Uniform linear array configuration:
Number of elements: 4
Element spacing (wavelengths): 0.75
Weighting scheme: uniform
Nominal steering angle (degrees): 60
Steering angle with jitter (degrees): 60.84
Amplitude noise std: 0.05
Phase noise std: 0.05

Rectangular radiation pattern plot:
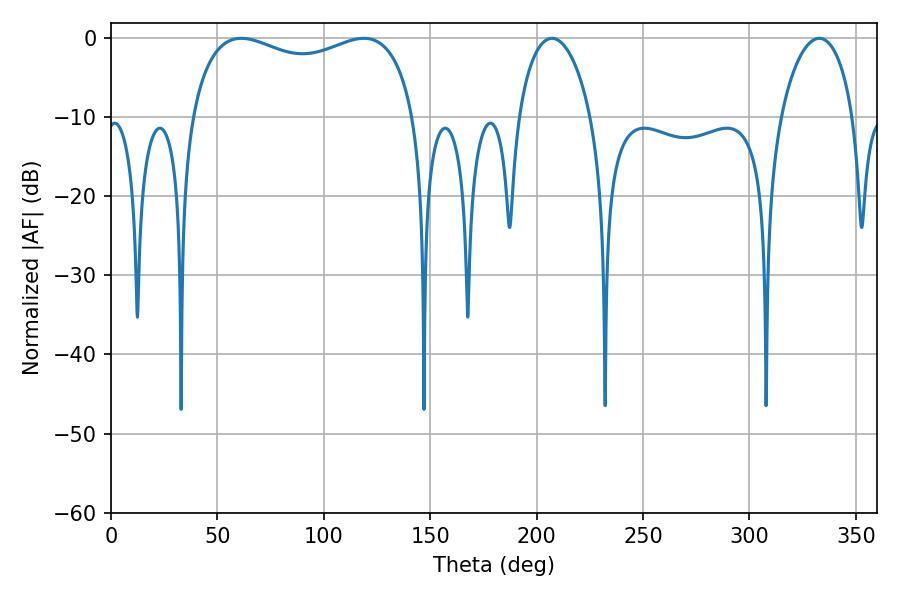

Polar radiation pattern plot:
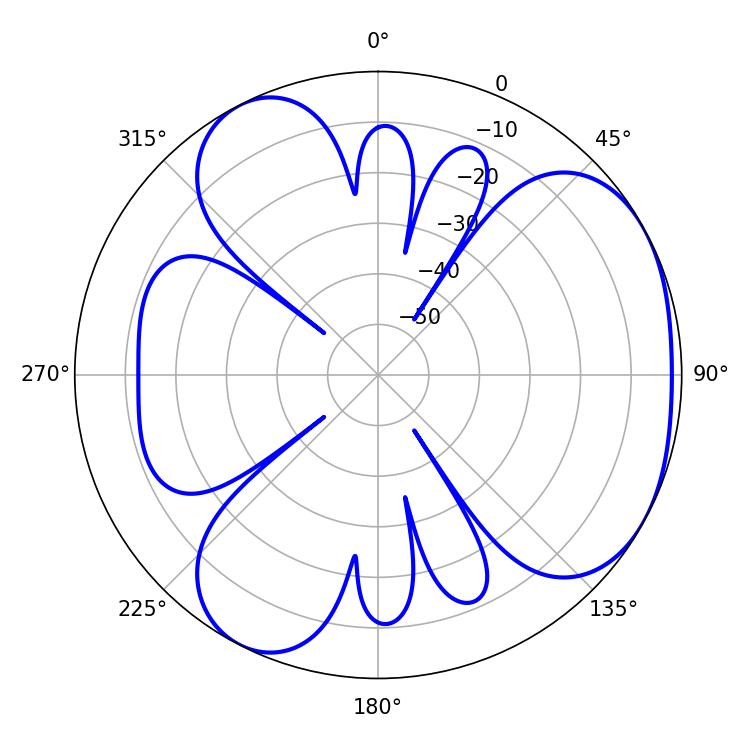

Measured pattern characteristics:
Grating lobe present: TRUE
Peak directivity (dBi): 4.044
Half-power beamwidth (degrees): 86.76
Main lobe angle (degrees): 61.2